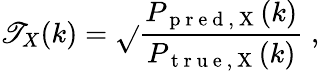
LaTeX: \mathscr{T}_{X}(k)=\sqrt{}{{\frac{{P_{\mathrm{{~p~r~e~d~,~X~}}}(k)}}{{P_{\mathrm{{~t~r~u~e~,~X~}}}(k)}}}}\; ,